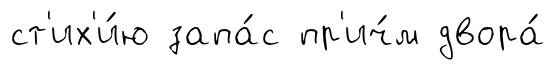
ст'их'и́ю запа́с пр'ич́м двора́